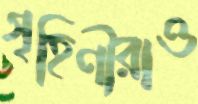
গৃহিণীরাও